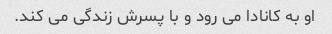
او به کانادا می رود و با پسرش زندگی می کند.